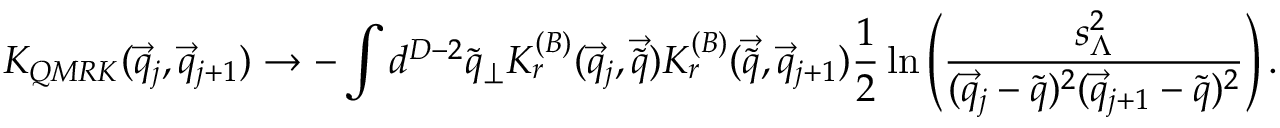
{ \cal K } _ { Q M R K } ( \vec { q } _ { j } , \vec { q } _ { j + 1 } ) \rightarrow - \int { d ^ { D - 2 } \tilde { q } _ { \perp } } { \cal K } _ { r } ^ { ( B ) } ( \vec { q } _ { j } , \vec { \tilde { q } } ) { \cal K } _ { r } ^ { ( B ) } ( \vec { \tilde { q } } , \vec { q } _ { j + 1 } ) \frac { 1 } { 2 } \ln \left( \frac { s _ { \Lambda } ^ { 2 } } { ( \vec { q } _ { j } - \tilde { q } ) ^ { 2 } ( \vec { q } _ { j + 1 } - \tilde { q } ) ^ { 2 } } \right) .